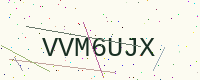
Text: VVM6UJX